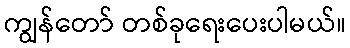
ကျွန်တော် တစ်ခုရေးပေးပါမယ်။